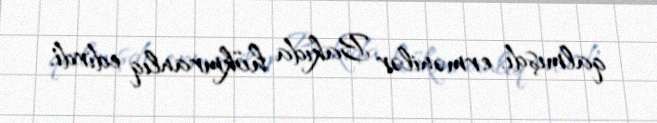
qalmışdı, ermənilər Bakıda hökmranlıq edirdi.